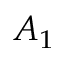
A _ { 1 }